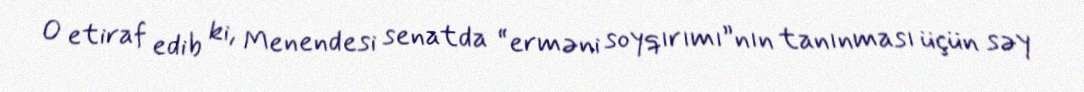
O etiraf edib ki, Menendesi senatda “erməni soyqırımı”nın tanınması üçün səy